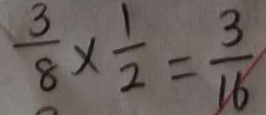
\frac { 3 } { 8 } \times \frac { 1 } { 2 } = \frac { 3 } { 1 6 }